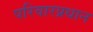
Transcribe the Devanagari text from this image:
परिवारप्रधान